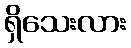
ရှိသေးလား